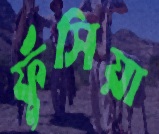
ফুঁসিয়া